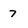
Character: 7